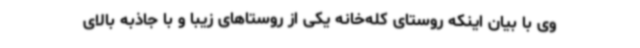
وی با بیان اینکه روستای کله‌خانه یکی از روستاهای زیبا و با جاذبه بالای